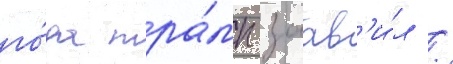
го́да тра́мп заав'и́л /